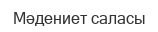
Мәдениет саласы